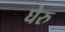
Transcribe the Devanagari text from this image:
घेरु